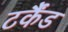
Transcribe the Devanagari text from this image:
टर्कैंड